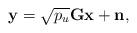
LaTeX: \begin{align*}{\bf{y}} = \sqrt{p_u}{\bf{G}}{\bf{x}}+{\bf{n}},\end{align*}